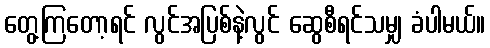
တွေ့ကြတော့ရင် လွင်အပြစ်နဲ့လွင် ဆွေစီရင်သမျှ ခံပါမယ်။